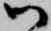
御